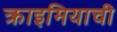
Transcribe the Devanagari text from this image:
क्राइमियाची